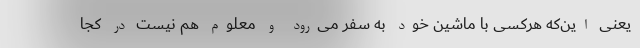
یعنی این‌که هرکسی با ماشین خود به سفر می‌رود و معلوم هم نیست در کجا